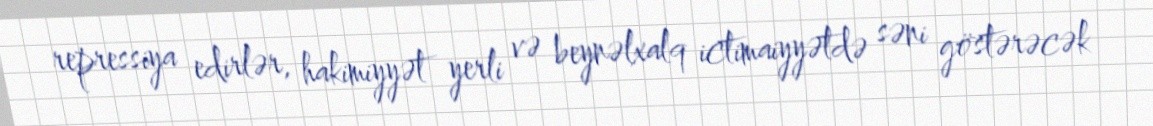
repressiya edirlər, hakimiyyət yerli və beynəlxalq ictimaiyyətdə səni göstərəcək